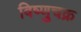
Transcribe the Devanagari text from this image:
विष्णुचक्र